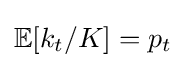
\mathbb {E} [k_{t}/K]=p_{t}